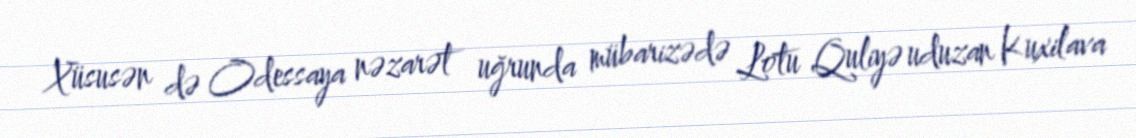
Xüsusən də Odessaya nəzarət uğrunda mübarizədə Lotu Quliyə uduzan Kuxilava